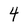
Character: 4